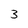
Character: 3